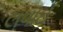
લવાઈ